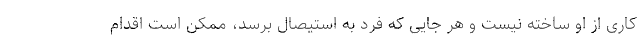
کاری از او ساخته نیست و هر جایی که فرد به استیصال برسد، ممکن است اقدام